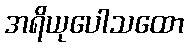
အရိယုပေါသထော